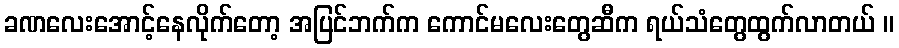
ခဏလေးအောင့်နေလိုက်တော့ အပြင်ဘက်က ကောင်မလေးတွေဆီက ရယ်သံတွေထွက်လာတယ် ။